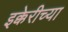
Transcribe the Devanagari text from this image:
इक्केरीच्या